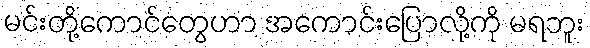
မင်းတို့ကောင်တွေဟာ အကောင်းပြောလို့ကို မရဘူး